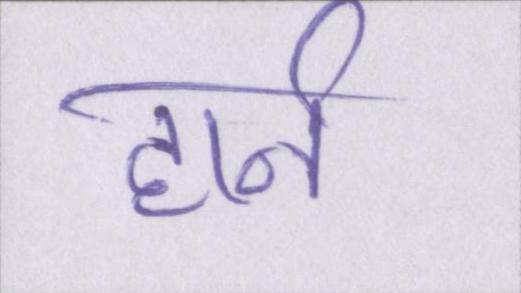
हार्न